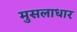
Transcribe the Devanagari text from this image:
मुसलाधार